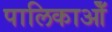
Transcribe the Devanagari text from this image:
पालिकाओँ